Vaccination in Bombay 1889-1901 - 1889-1901
Year: 1889
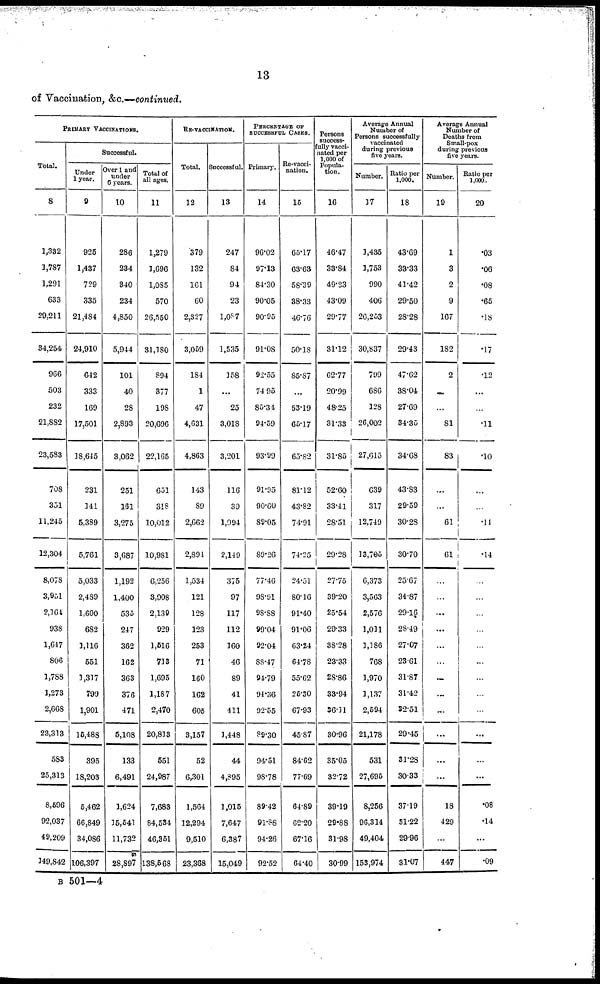
13
of Vaccination, &c.—continued.
PRIMARY VACCINATIONS.
Total.
8
1,332
1,787
1,291
633
29,211
34,254
966
503
232
21,882
23,583
708
351
11,245
12,304
8,078
3,951
2,164
938
1,647
806
1,788
1,273
2,668
23,313
583
25,313
8,696
92,037
49,209
149,842
Successful.
Under
1 year.
9
925
1,437
729
335
21,484
24,910
642
333
169
17,501
18,645
231
141
5,389
5,761
5,033
2,489
1,600
682
1,116
551
1,317
799
1,901
15,488
395
18,203
5,462
66,849
34,086
106,397
Over 1 and
under
6 years.
10
286
234
340
234
4,850
5,944
101
40
28
2,893
3,062
251
161
3,275
3,687
1,192
1,400
535
247
362
162
363
376
471
5,108
133
6,491
1,624
15,641
11,732
28,897
Total of
all ages.
11
1,279
1,696
1,085
570
26,550
31,180
894
377
198
20,696
22,165
651
318
10,012
10,981
6,256
3,908
2,139
929
1,516
713
1,695
1,187
2,470
20,813
551
24,987
7,683
84,534
46,351
138,568
RE-VACCINATION.
Total.
12
379
132
161
60
2,327
3,059
184
1
47
4,631
4,863
143
89
2,662
2,894
1,534
121
128
123
253
71
160
162
605
3,157
52
6,301
1,564
12,294
9,510
23,368
Successful.
13
247
84
94
23
1,087
1,535
158
...
25
3,018
3,201
116
39
1,994
2,149
375
97
117
112
160
46
89
41
411
1,448
44
4,895
1,015
7,647
6,387
15,049
PERCENTAGE OF
SUCCESSFUL CASES.
Primary.
14
96.02
97.13
84.30
90.05
90.95
91.08
92.55
74.95
85.34
94.59
93.99
91.95
90.60
89.05
89.26
77.46
98.91
98.88
99.04
92.04
88.47
94.79
94.36
92.55
89.30
94.51
98.78
89.42
91.88
94.26
92.52
Re-vacci¬
nation.
15
65.17
63.63
58.39
38.33
46.76
50.18
85.87
...
53.19
65.17
65.82
81.12
43.82
74.91
74.25
24.51
80.16
91.40
91.06
63.24
64.78
55.62
25.30
67.93
45.87
84.62
77.69
64.89
62.20
67.16
64.40
Persons
success-
fully vacci-
nated per
1,000 of
Popula-
tion.
16
46.47
33.84
49.33
43.09
29.77
31.12
62.77
20.99
48.25
31.33
31.85
52.60
33.41
28.51
29.28
27.75
39.20
25.54
29.33
38.28
23.33
28.86
33.94
36.11
30.96
35.05
32.72
39.19
29.88
31.98
30.99
Average Annual
Number of
Persons successfully
vaccinated
during previous
five years.
Number.
17
1,435
1,753
990
4.06
26,253
30,837
799
686
128
26,002
27,615
639
317
12,749
13,705
6,373
3,563
2,576
1,011
1,186
768
1,970
1,137
2,594
21,178
531
27,695
8,256
96,314
49,404
153,974
Ratio per
1,000.
18
43.69
33.33
41.42
29.50
28.28
29.43
47.62
38.04
27.69
34.35
34.68
43.83
29.59
30.28
30.70
25.67
34.87
29.16
28.49
27.07
23.61
31.87
31.42
32.51
29.45
31.28
30.33
37.19
31.22
29.96
31.07
Average Annual
Number of
Deaths from
Small-pox
during previous
five years.
Number.
19
1
3
2
9
167
182
2
...
...
81
83
...
...
61
61
...
...
...
...
...
...
...
...
...
...
...
...
18
429
...
447
Ratio per
1,000.
20
.03
.06
.08
.65
.18
.17
.12
...
...
.11
.10
...
...
.14
.14
...
...
...
...
...
...
...
...
...
...
...
...
.08
.14
...
.09
B 501—4